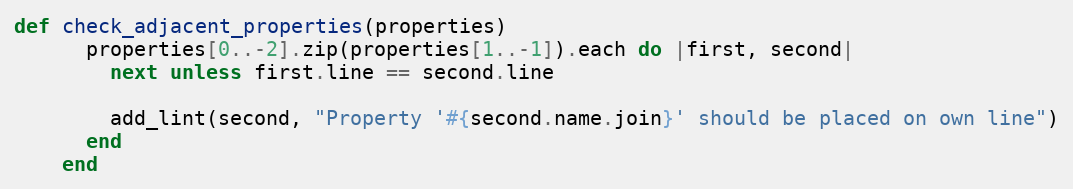
Language: Ruby
def check_adjacent_properties(properties)
      properties[0..-2].zip(properties[1..-1]).each do |first, second|
        next unless first.line == second.line

        add_lint(second, "Property '#{second.name.join}' should be placed on own line")
      end
    end